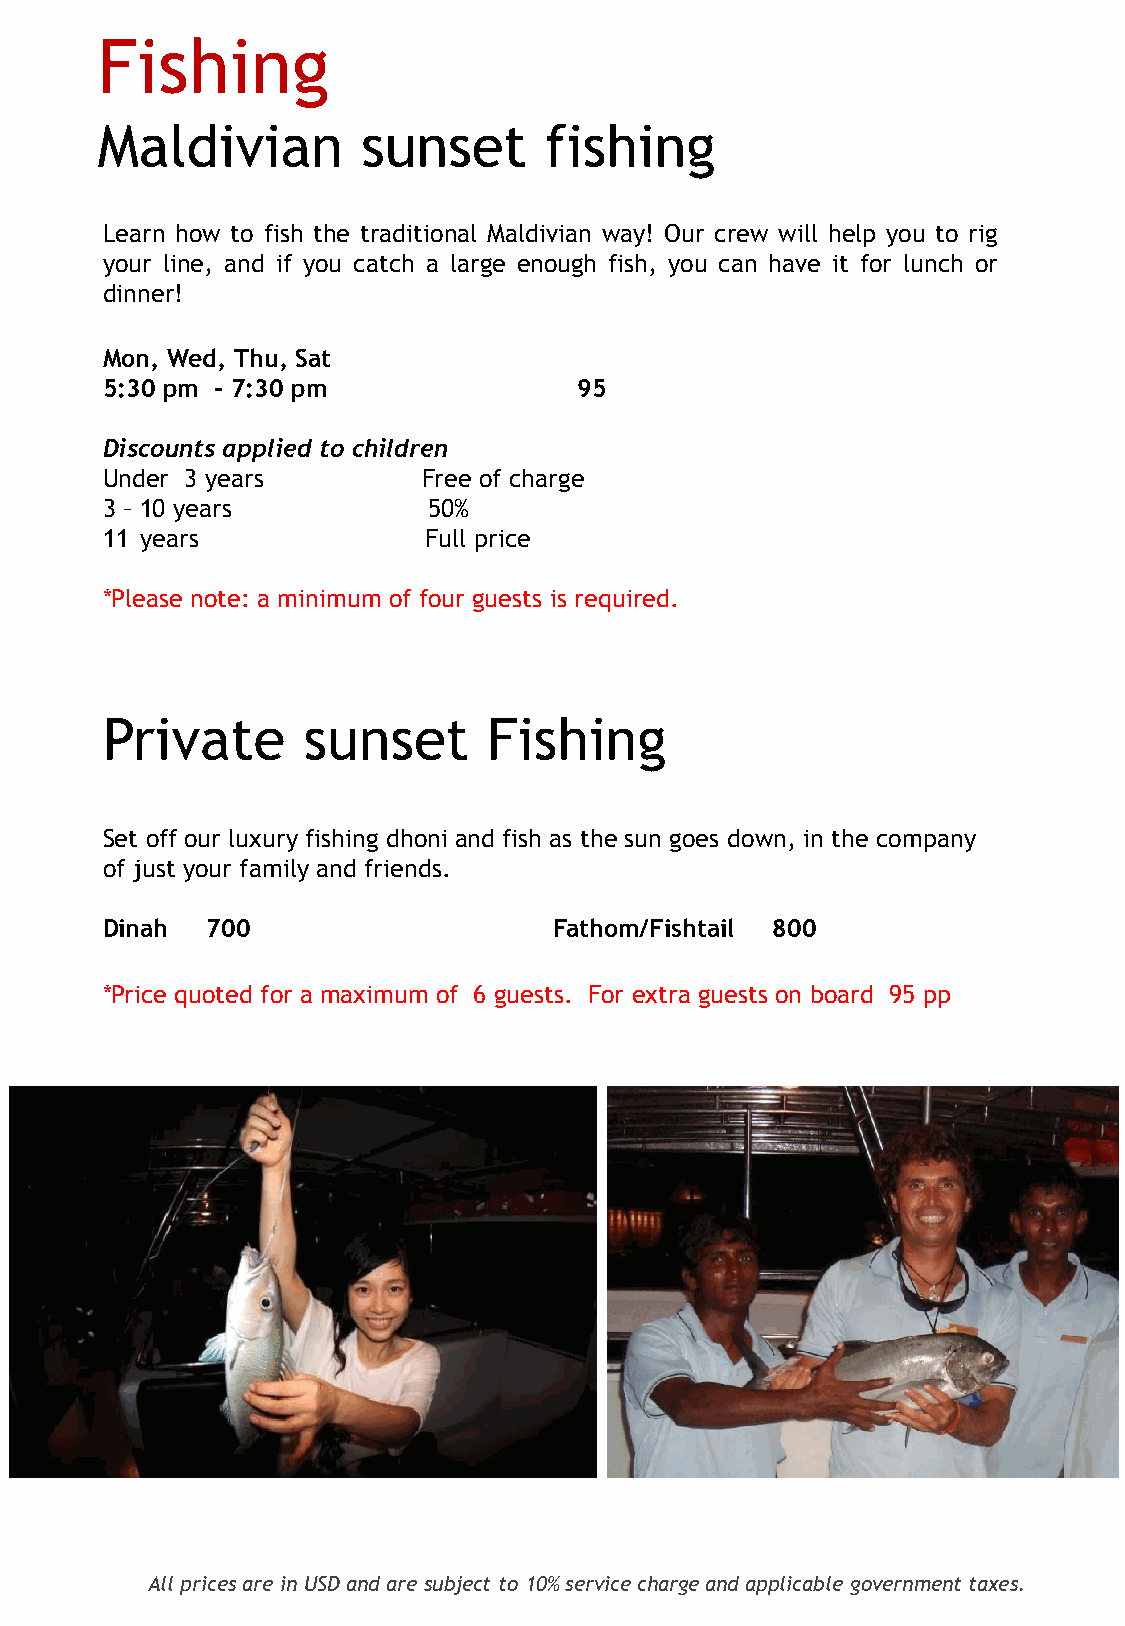
Fishing
 Maldivian         sunset      fishing
 Learn how to fish the traditional Maldivian way! Our crew will help you to rig
 your line, and if you catch a large enough fish, you can have it for lunch or
 dinner!
 Mon, Wed, Thu, Sat
 5:30 pm - 7:30 pm              95
 Discounts applied to children
 Under 3 years        Free of charge
 3 – 10 years         50%
 11 years             Full price
 *Please note: a minimum of four guests is required.
 Private      sunset      Fishing
 Set off our luxury fishing dhoni and fish as the sun goes down, in the company
 of just your family and friends.
 Dinah  700                    Fathom/Fishtail 800
 *Price quoted for a maximum of 6 guests. For extra guests on board 95 pp
 All prices are in USD and are subject to 10% service charge and applicable government taxes.